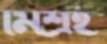
মিশ্রই